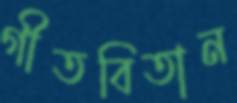
গীতবিতান